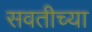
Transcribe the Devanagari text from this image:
सवतीच्या